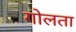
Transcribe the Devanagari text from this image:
गोलता